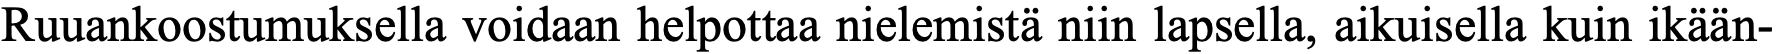
Ruuankoostumuksella voidaan helpottaa nielemistä niin lapsella, aikuisella kuin ikään-